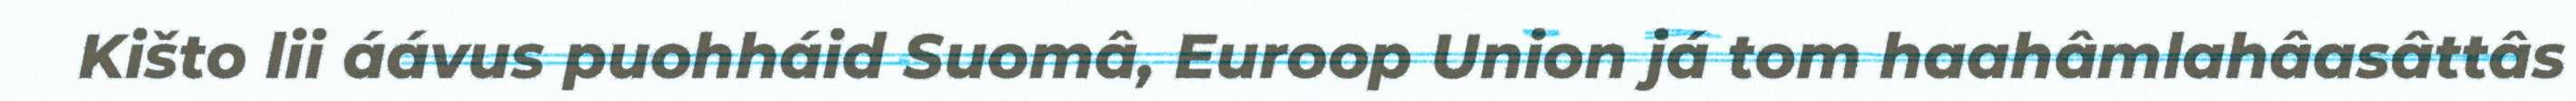
Kišto lii áávus puohháid Suomâ, Euroop Union já tom haahâmlahâasâttâs